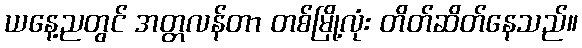
ယနေ့ညတွင် အတ္တလန်တာ တစ်မြို့လုံး တိတ်ဆိတ်နေသည်။